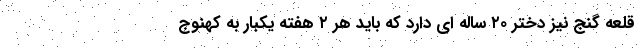
قلعه گنج نیز دختر ۲۰ ساله ای دارد که باید هر ۲ هفته یکبار به کهنوج